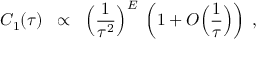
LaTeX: C _ { 1 } ( \tau ) \; \; \propto \; \; \Big ( \frac { 1 } { \tau ^ { 2 } } \Big ) ^ { E } \; \left( 1 + O \Big ( \frac { 1 } { \tau } \Big ) \right) \; ,